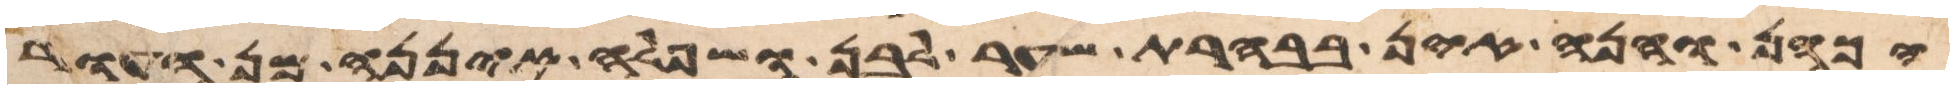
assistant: הכהן והנה אין בבהרת שער לבן ושפלה איננה מן העור